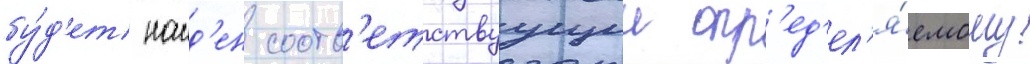
бу́д'ет наид'ен соотв'етствуущии опр'ед'ел'я́емому